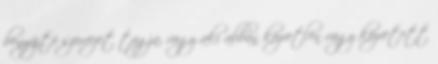
benyújtó szervezet tagja, vagy aki abban közvetlen vagy közvetett